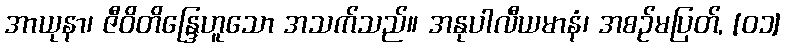
အာယုနာ၊ ဇီဝိတိန္ဒြေဟူသော အသက်သည်။ အနုပါလီယမာနံ၊ အစဉ်မပြတ်, [၀၁]